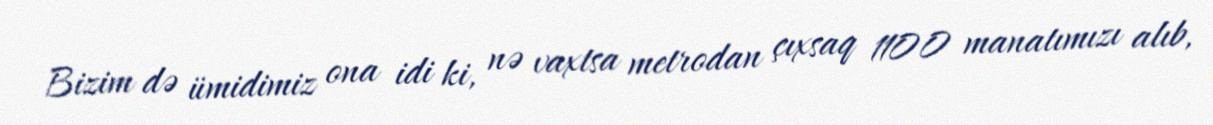
Bizim də ümidimiz ona idi ki, nə vaxtsa metrodan çıxsaq 1100 manatımızı alıb,